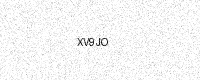
Text: XV9JO